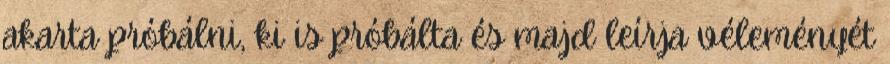
akarta próbálni, ki is próbálta és majd leírja véleményét